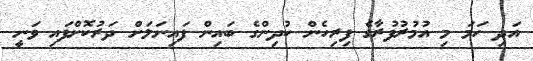
އަދި ހަމަ މި އުމުރުފުރާގެ ފިރިހެން ކުދިންގެ ބައިން ފައިނަލަށް ދަރުކޮށްފައި ވަނީ